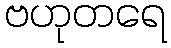
ဗဟုတရေ